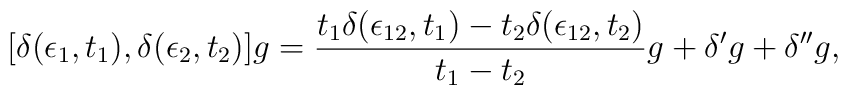
[\delta(\epsilon_1, t_1), \delta(\epsilon_2, t_2)]g ={t_1 \delta (\epsilon_{12}, t_1) -t_2 \delta (\epsilon_{12}, t_2)\over t_1 - t_2}g +\delta^{\prime}g+ \delta^{\prime\prime}g ,